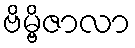
ဗိမ္ဗိဇာလာ